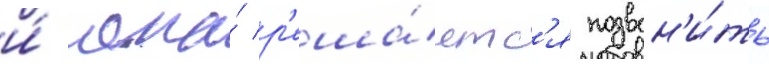
и́ она́ р'еша́етс'я позвон'и́ть